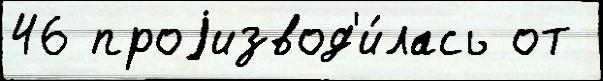
46 проjизвод'и́лась от